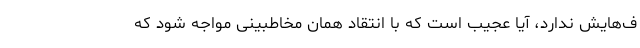
ف‌هایش ندارد، آیا عجیب است که با انتقاد همان مخاطبینی مواجه شود که